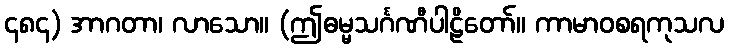
၄၈၄) အာဂတာ၊ လာသော။ (ဤဓမ္မသင်္ဂဏီပါဠိတော်။ ကာမာဝစရကုသလ